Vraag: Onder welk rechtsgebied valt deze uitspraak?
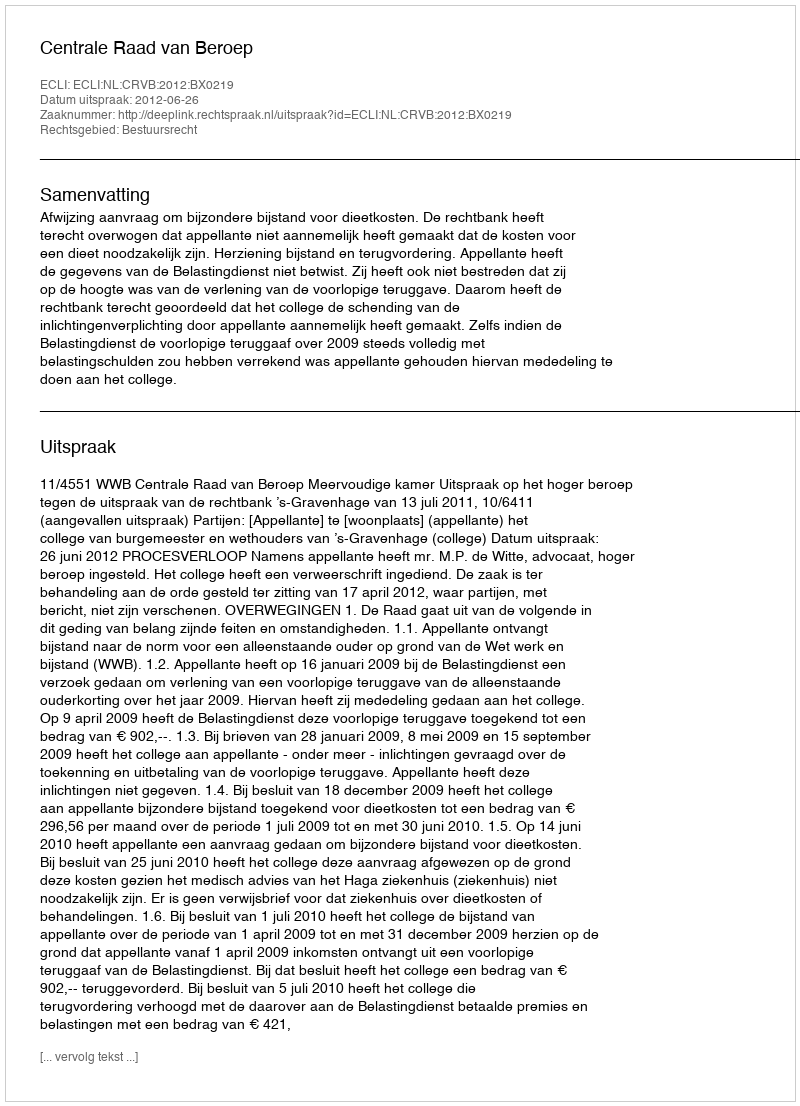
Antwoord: Bestuursrecht